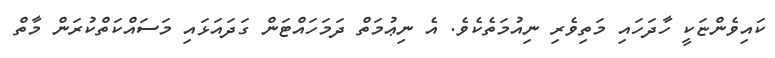
ކައިވެންޏަކީ ހާދަހައި މަތިވެރި ނިއުމަތެކެވެ. އެ ނިޢުމަތް ދަމަހައްޓަން ގަދައަޅައި މަސައްކަތްކުރަން މާތް